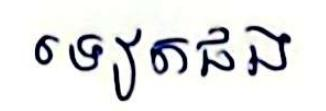
ទៀតផង